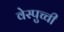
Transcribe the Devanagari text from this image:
वेस्पुच्ची